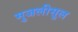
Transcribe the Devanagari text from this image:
मुजलीसुल